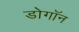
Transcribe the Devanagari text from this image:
डोगॉन